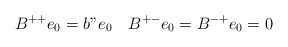
\begin{align*}B^{++}e_0=b"e_0\quad B^{+-}e_0=B^{-+}e_0=0\end{align*}